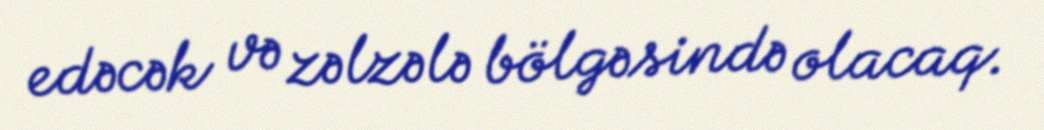
edəcək və zəlzələ bölgəsində olacaq.